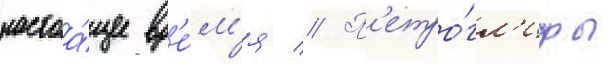
настоа́щее вр'е́м'я // П'етро́гл'ифы